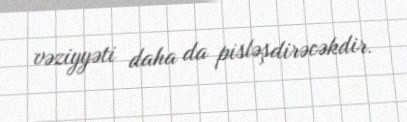
vəziyyəti daha da pisləşdirəcəkdir.